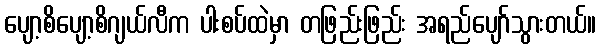
ပျော့စိပျော့စိဂျယ်လီက ပါးစပ်ထဲမှာ တဖြည်းဖြည်း အရည်ပျော်သွားတယ်။